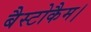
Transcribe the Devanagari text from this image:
बैस्टोकैम।